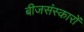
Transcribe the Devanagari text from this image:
बीजसंस्कारों